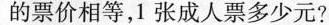
的票价相等，1张成人票多少元?